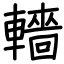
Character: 轖